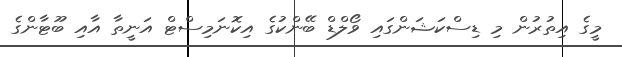
މީގެ އިތުރުން މި ޑިސްކަޝަންގައި ވޯލްޑް ބޭންކުގެ އިކޮނަމިސްޓް އަނީތާ އާއި ބޫޓާންގެ